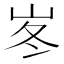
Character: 𡶞